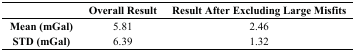
<table><thead><tr><td></td><td><b>Overall Result</b></td><td><b>Result After Excluding Large Misfits</b></td></tr></thead><tbody><tr><td><b>Mean (mGal)</b></td><td>5.81</td><td>2.46</td></tr><tr><td><b>STD (mGal)</b></td><td>6.39</td><td>1.32</td></tr></tbody></table>